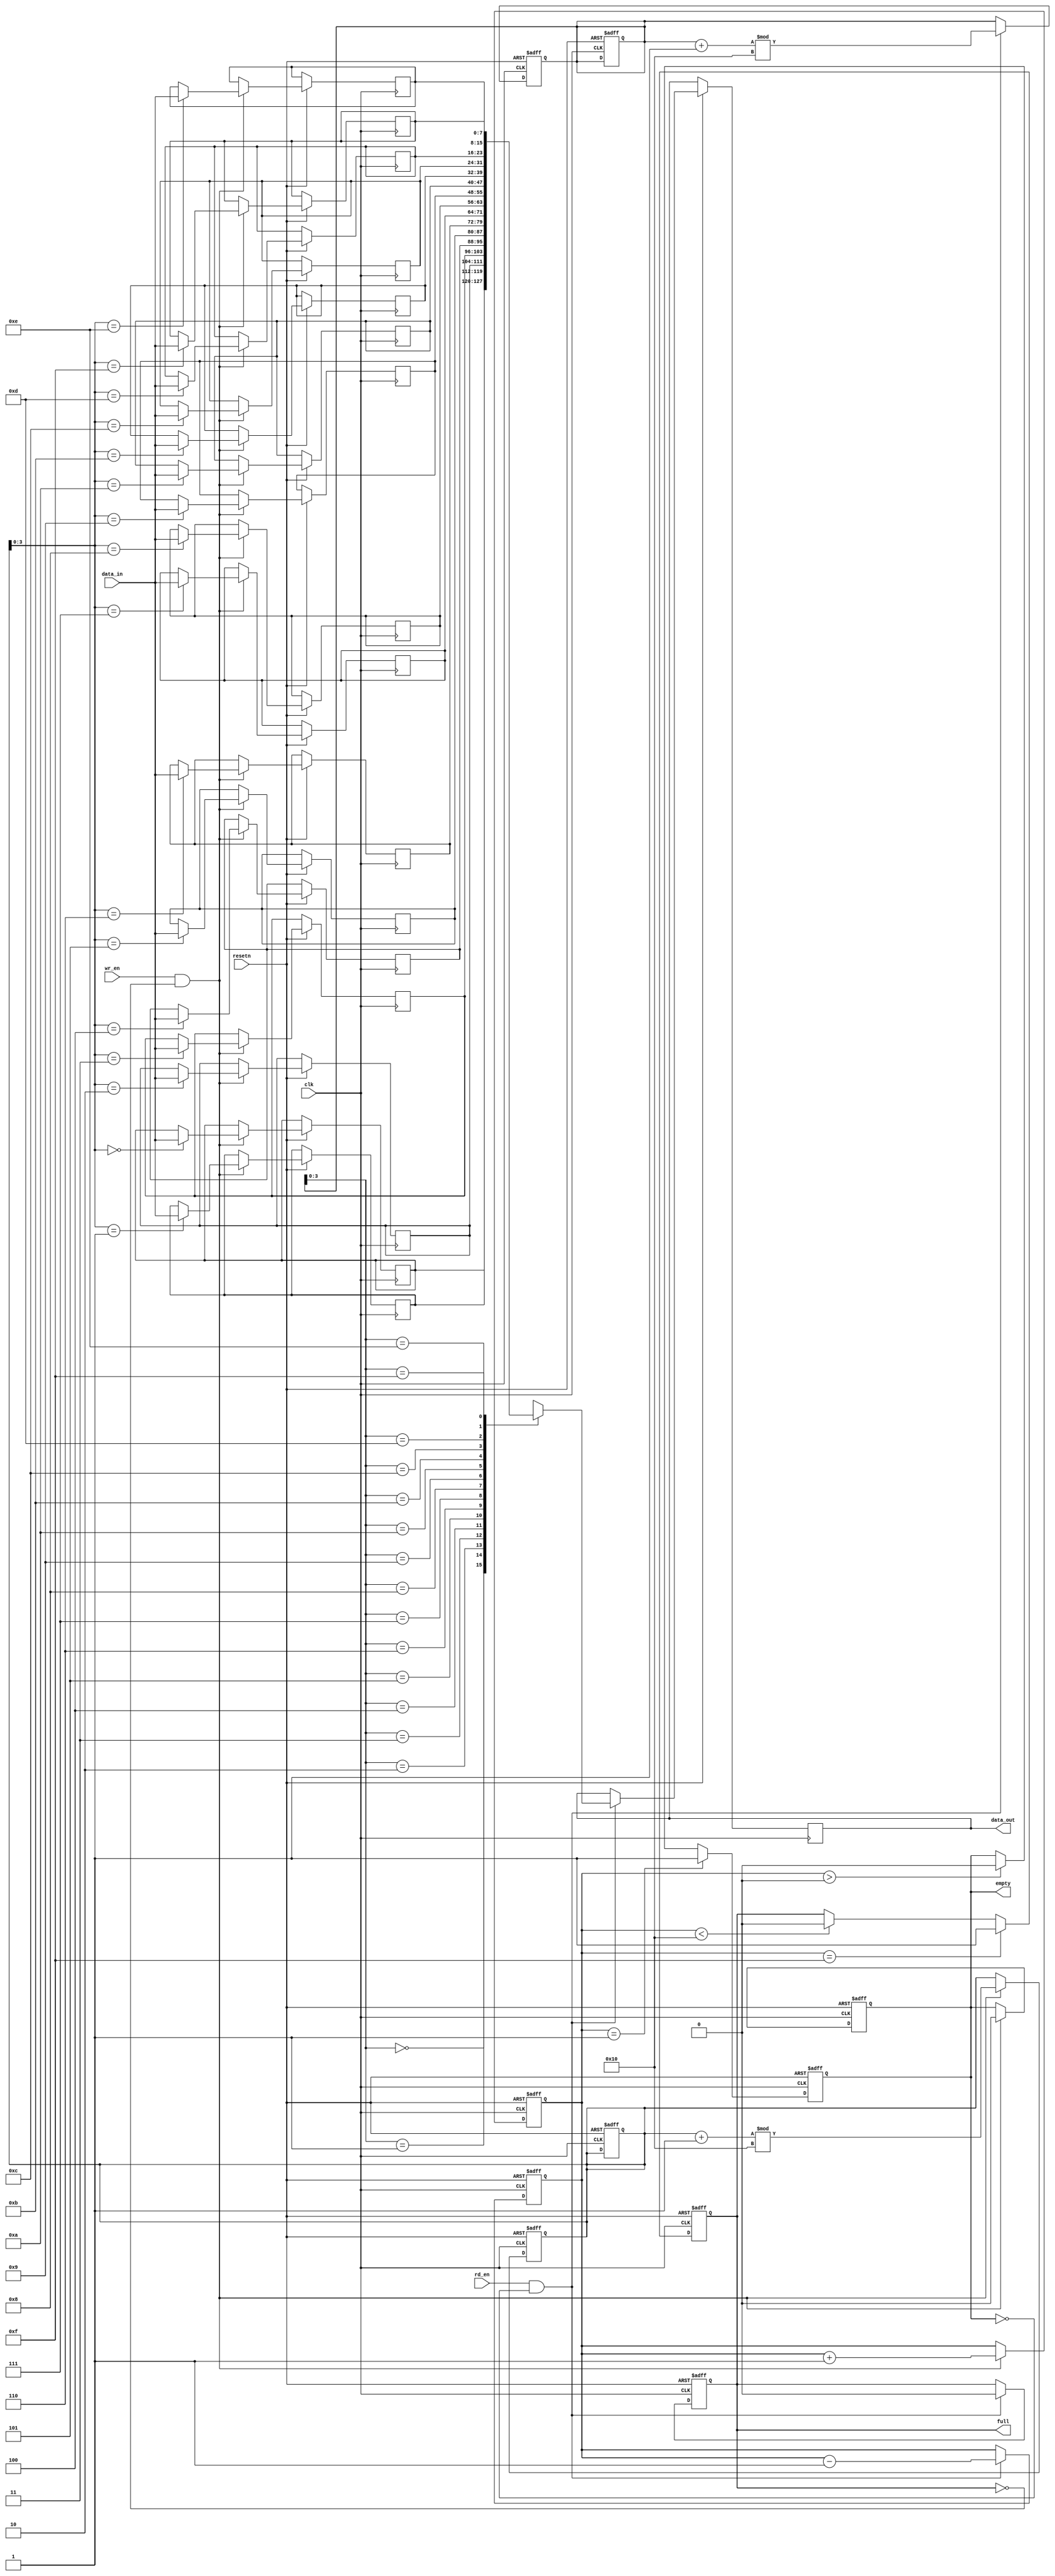
module io_block_fifo #(
    parameter DEPTH = 16,          // Define the depth of the FIFO
    parameter WIDTH = 8            // Define the width of each data entry
) (
    input wire clk,                // Clock signal
    input wire resetn,             // Active low reset signal
    input wire wr_en,              // Write enable signal
    input wire rd_en,              // Read enable signal
    input wire [WIDTH-1:0] data_in,// Data input
    output reg [WIDTH-1:0] data_out, // Data output
    output reg full,               // Full flag
    output reg empty               // Empty flag
);

    // Internal signals
    reg [WIDTH-1:0] mem [0:DEPTH-1]; // Memory array
    reg [31:0] wr_ptr, rd_ptr;       // Write and read pointers
    reg [31:0] count;                // Number of elements in the FIFO

    // Initialize the FIFO
    initial begin
        wr_ptr = 0;
        rd_ptr = 0;
        count = 0;
        full = 0;
        empty = 1;
    end

    // Write operation
    always @(posedge clk or negedge resetn) begin
        if (!resetn) begin
            wr_ptr <= 0;
            rd_ptr <= 0;
            count <= 0;
            full <= 0;
            empty <= 1;
        end else begin
            if (wr_en && !full) begin
                mem[wr_ptr] <= data_in;
                wr_ptr <= (wr_ptr + 1) % DEPTH; // Wrap around
                count <= count + 1;
                empty <= 0; // FIFO is not empty
            end
            
            // Update full flag
            if (count == DEPTH - 1) begin
                full <= 1;
            end
            else if (count < DEPTH) begin
                full <= 0;
            end
        end
    end

    // Read operation
    always @(posedge clk or negedge resetn) begin
        if (!resetn) begin
            wr_ptr <= 0;
            rd_ptr <= 0;
            count <= 0;
            full <= 0;
            empty <= 1;
        end else begin
            if (rd_en && !empty) begin
                data_out <= mem[rd_ptr];
                rd_ptr <= (rd_ptr + 1) % DEPTH; // Wrap around
                count <= count - 1;
                full <= 0; // FIFO is not full
            end
            
            // Update empty flag
            if (count == 1) begin
                empty <= 1;
            end
            else if (count > 0) begin
                empty <= 0;
            end
        end
    end

endmodule